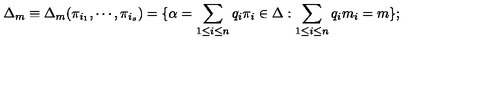
\Delta _ { m } \equiv \Delta _ { m } ( \pi _ { i _ { 1 } } , \cdots , \pi _ { i _ { s } } ) = \{ \alpha = \sum _ { 1 \leq i \leq n } q _ { i } \pi _ { i } \in \Delta : \sum _ { 1 \leq i \leq n } q _ { i } m _ { i } = m \} ;